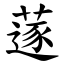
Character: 蓫